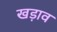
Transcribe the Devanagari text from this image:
खड़ाव